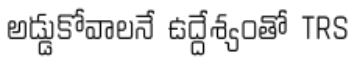
అడ్డుకోవాలనే ఉద్దేశ్యంతో TRS